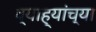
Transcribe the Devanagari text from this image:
व्याह्यांच्या